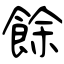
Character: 餘